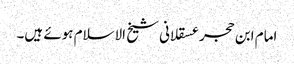
امام ابن حجر عسقلانی شیخ الاسلام ہوئے ہیں۔